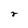
Character: r